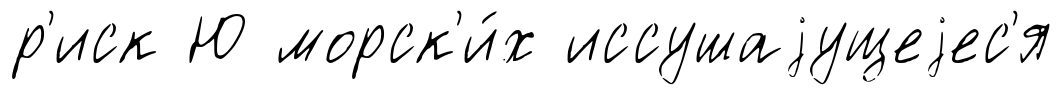
р'иск Ю морск'и́х иссушаjущеjес'я